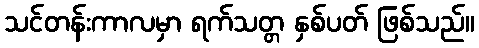
သင်တန်းကာလမှာ ရက်သတ္တ နှစ်ပတ် ဖြစ်သည်။